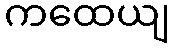
ကထေယျ